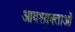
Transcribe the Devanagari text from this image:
आवश्य़क्ताओं